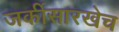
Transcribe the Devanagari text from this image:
जर्कीसारखेच